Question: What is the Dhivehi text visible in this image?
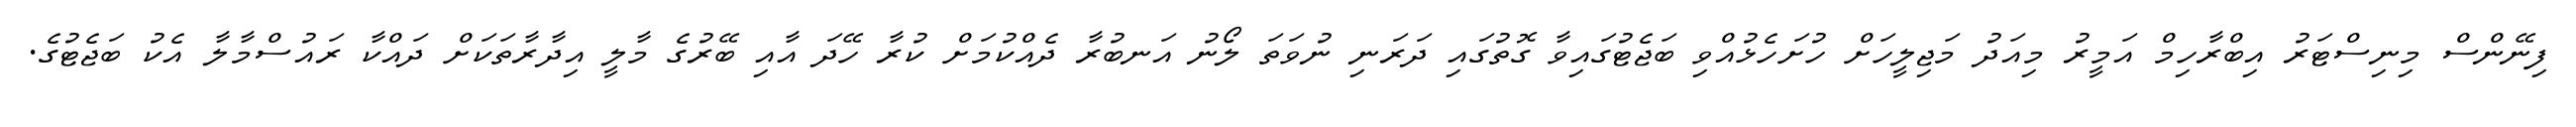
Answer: ފިނޭންސް މިނިސްޓަރު އިބްރާހިމް އަމީރު މިއަދު މަޖިލީހަށް ހުށަހެޅުއްވި ބަޖެޓުގައިވާ ގޮތުގައި ދަރަނި ނުވަތަ ލޯނު އަނބުރާ ދެއްކުމަށް ކުރާ ހޭދަ އާއި ބޭރުގެ މާލީ އިދާރާތަކަށް ދައްކާ ރައުސްމާލާ އެކު ބަޖެޓުގެ.